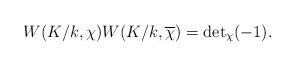
LaTeX: \begin{align*}W(K/k,\chi)W(K/k,\overline{\chi})=\mathrm{det}_\chi(-1).\end{align*}